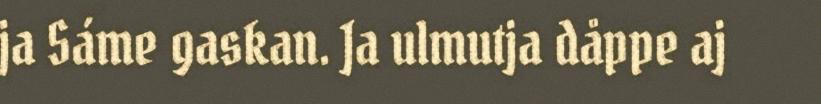
ja Sáme gaskan. Ja ulmutja dåppe aj